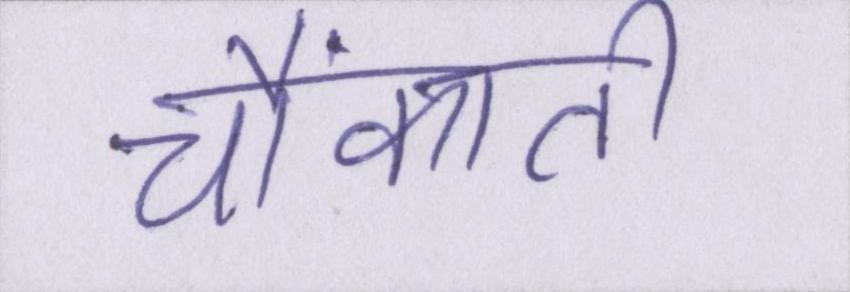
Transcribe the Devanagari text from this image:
चौंकाती